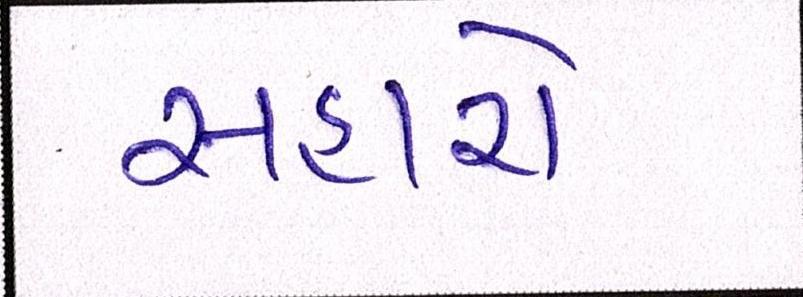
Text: સહારો